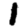
Digit: 1